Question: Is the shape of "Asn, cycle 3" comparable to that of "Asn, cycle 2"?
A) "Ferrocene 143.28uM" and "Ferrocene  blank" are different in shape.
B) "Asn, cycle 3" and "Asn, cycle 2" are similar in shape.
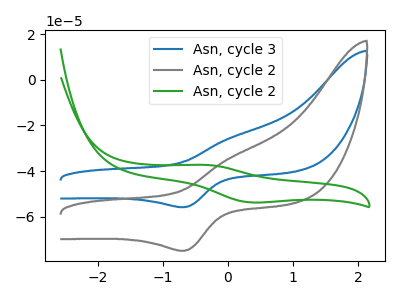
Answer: <think>The blue curve "Asn, cycle 3" has an anodic peak at (0.05V, -25.35uA) and a cathodic peak at (-0.65V, -55.85uA). The gray curve "Asn, cycle 2" has an anodic peak at (0.05V, -34.05uA) and a cathodic peak at (-0.65V, -74.95uA). The green curve "Asn, cycle 2" has an anodic peak at (-0.35V, -37.30uA) and a cathodic peak at (0.35V, -53.75uA).
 All the peaks in "Asn, cycle 3" have a peak in "Asn, cycle 2" at the same potential.</think>
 <answer>B) "Asn, cycle 3" and "Asn, cycle 2" are similar in shape.</answer>
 <eval>B</eval>